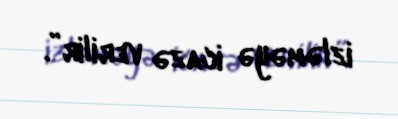
izləməyə icazə verilir”.